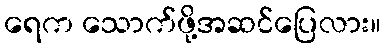
ရေက သောက်ဖို့အဆင်ပြေလား။